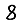
Digit: 8